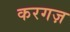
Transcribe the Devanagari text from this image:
करगज़